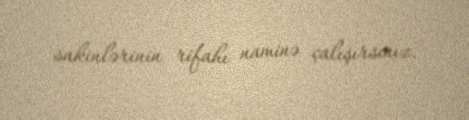
sakinlərinin rifahı naminə çalışırsınız.